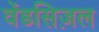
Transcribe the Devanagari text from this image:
वेंडसिज़ल